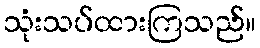
သုံးသပ်ထားကြသည်။